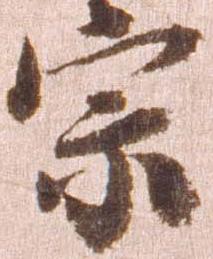
宗